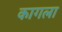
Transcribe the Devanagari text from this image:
कागला